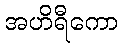
အဟိရီကော